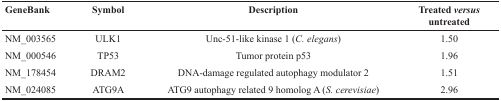
<table><thead><tr><td><b>GeneBank</b></td><td><b>Symbol</b></td><td><b>Description</b></td><td><b>Treated <i>versus</i> untreated</b></td></tr></thead><tbody><tr><td>NM_003565</td><td>ULK1</td><td>Unc-51-like kinase 1 (<i>C. elegans</i>)</td><td>1.50</td></tr><tr><td>NM_000546</td><td>TP53</td><td>Tumor protein p53</td><td>1.96</td></tr><tr><td>NM_178454</td><td>DRAM2</td><td>DNA-damage regulated autophagy modulator 2</td><td>1.51</td></tr><tr><td>NM_024085</td><td>ATG9A</td><td>ATG9 autophagy related 9 homolog A (<i>S. cerevisiae</i>)</td><td>2.96</td></tr></tbody></table>